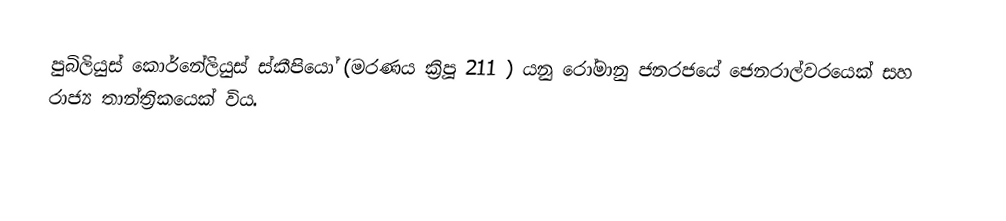
පුබිලියුස් කොර්නේලියුස් ස්කීපියෝ (මරණය ක්‍රිපූ 211 ) යනු රෝමානු ජනරජයේ ජෙනරාල්වරයෙක් සහ රාජ්‍ය තාන්ත්‍රිකයෙක් විය.